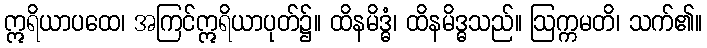
ဣရိယာပထေ၊ အကြင်ဣရိယာပုတ်၌။ ထိနမိဒ္ဓံ၊ ထိနမိဒ္ဓသည်။ ဩက္ကမတိ၊ သက်၏။